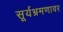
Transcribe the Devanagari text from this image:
सूर्यभ्रमणावर